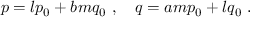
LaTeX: p = l p _ { 0 } + b m q _ { 0 } \ , \ \ \ q = a m p _ { 0 } + l q _ { 0 } \ .